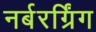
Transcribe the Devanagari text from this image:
नर्बरर्ग्रिंग